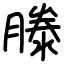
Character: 滕